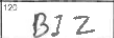
Transcription: BIZ